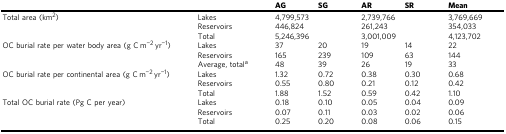
<table><thead><tr><td>[EMPTY_CELL]</td><td>[EMPTY_CELL]</td><td><b>AG</b></td><td><b>SG</b></td><td><b>AR</b></td><td><b>SR</b></td><td><b>Mean</b></td></tr></thead><tbody><tr><td>Total area (km<sup>2</sup>)</td><td>Lakes</td><td colspan="2">4,799,573</td><td colspan="2">2,739,766</td><td>3,769,669</td></tr><tr><td>[EMPTY_CELL]</td><td>Reservoirs</td><td colspan="2">446,824</td><td colspan="2">261,243</td><td>354,033</td></tr><tr><td>[EMPTY_CELL]</td><td>Total</td><td colspan="2">5,246,396</td><td colspan="2">3,001,009</td><td>4,123,702</td></tr><tr><td>OC burial rate per water body area (g C m<sup>−2</sup> yr<sup>−1</sup>)</td><td>Lakes</td><td>37</td><td>20</td><td>19</td><td>14</td><td>22</td></tr><tr><td>[EMPTY_CELL]</td><td>Reservoirs</td><td>165</td><td>239</td><td>109</td><td>63</td><td>144</td></tr><tr><td>[EMPTY_CELL]</td><td>Average, total<sup>a</sup></td><td>48</td><td>39</td><td>26</td><td>19</td><td>33</td></tr><tr><td>OC burial rate per continental area (g C m<sup>−2</sup> yr<sup>−1</sup>)</td><td>Lakes</td><td>1.32</td><td>0.72</td><td>0.38</td><td>0.30</td><td>0.68</td></tr><tr><td>[EMPTY_CELL]</td><td>Reservoirs</td><td>0.55</td><td>0.80</td><td>0.21</td><td>0.12</td><td>0.42</td></tr><tr><td>[EMPTY_CELL]</td><td>Total</td><td>1.88</td><td>1.52</td><td>0.59</td><td>0.42</td><td>1.10</td></tr><tr><td>Total OC burial rate (Pg C per year)</td><td>Lakes</td><td>0.18</td><td>0.10</td><td>0.05</td><td>0.04</td><td>0.09</td></tr><tr><td>[EMPTY_CELL]</td><td>Reservoirs</td><td>0.07</td><td>0.11</td><td>0.03</td><td>0.02</td><td>0.06</td></tr><tr><td>[EMPTY_CELL]</td><td>Total</td><td>0.25</td><td>0.20</td><td>0.08</td><td>0.06</td><td>0.15</td></tr></tbody></table>